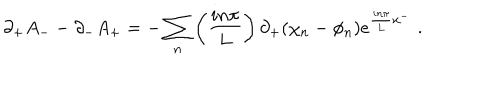
\partial _ { + } A _ { - } - \partial _ { - } A _ { + } = - \sum _ { n } \left( { \frac { i n \pi } { L } } \right) \partial _ { + } ( \chi _ { n } - \phi _ { n } ) e ^ { { \frac { i n \pi } { L } } x ^ { - } } \, \, .